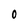
Character: O